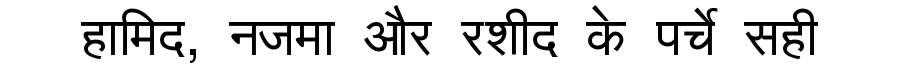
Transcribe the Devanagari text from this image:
हामिद, नजमा और रशीद के पर्चे सही